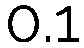
0.1